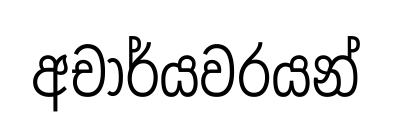
අචාර්යවරයන්